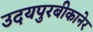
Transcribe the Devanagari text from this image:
उदयपुरबीकानेर